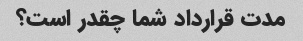
مدت قرارداد شما چقدر است؟